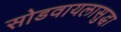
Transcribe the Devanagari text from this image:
सोडवायलासुद्धा